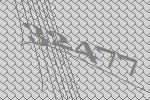
32477